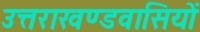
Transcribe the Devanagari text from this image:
उत्तराखण्डवासियों